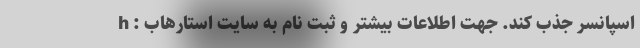
اسپانسر جذب کند. جهت اطلاعات بیشتر و ثبت نام به سایت استارهاب : h